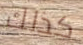
كذلك